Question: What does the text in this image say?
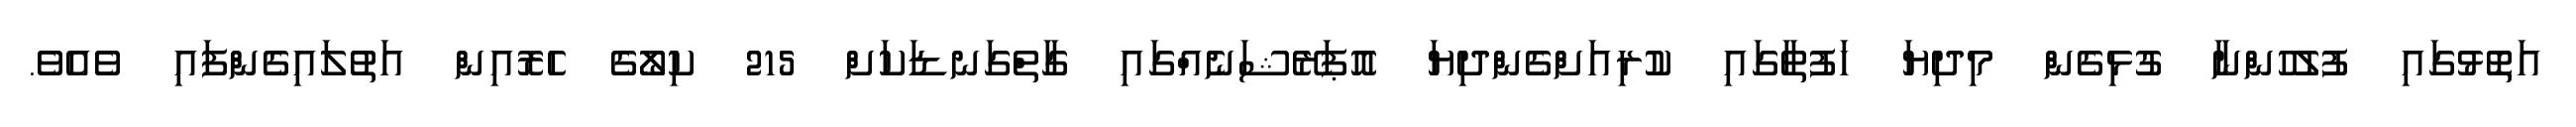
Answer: އަތޮޅުގައި ފުލުހުންނާ ގުޅިގެން މިދިޔަ ހަފުތާގައި ކުރިއަށްގެންދިޔަ އޮޕަރޭޝަނެއްގައި ގާތްގަނޑަކަށް 215 ކިލޯގެ ހެރޮއިން އަތުލައިގެންފައި ވެއެވެ.